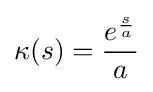
\kappa (s)={\frac {e^{\frac {s}{a}}}{a}}